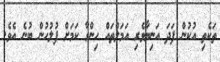
ތަކެތި އުކުން ފަދަ އަނިޔާވެރި އަމަލްތައް ހިންގާ ކަމަށް ފުލުހުން ބުނެ އެވެ.